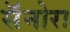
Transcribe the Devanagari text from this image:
सॅनोरा